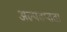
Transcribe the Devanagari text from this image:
अल्पतप्तता